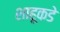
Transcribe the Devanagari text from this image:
शाहूकडे